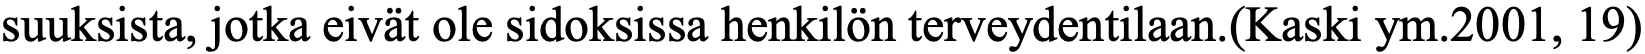
suuksista, jotka eivät ole sidoksissa henkilön terveydentilaan.(Kaski ym.2001, 19)